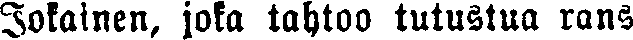
Jokainen, joka tahtoo tutustua rans